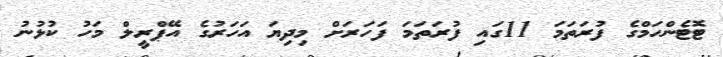
ޓޮޓެންހަމްގެ ފުރަތަމަ 11ގައި ފުރަތަމަ ފަހަރަށް މިދިޔަ އަހަރުގެ އޭޕްރީލް މަހު ކުޅުުނު